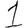
Digit: 1